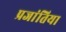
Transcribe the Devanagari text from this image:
प्रजांतिया